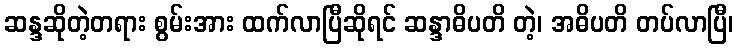
ဆန္ဒဆိုတဲ့တရား စွမ်းအား ထက်လာပြီဆိုရင် ဆန္ဒာဓိပတိ တဲ့၊ အဓိပတိ တပ်လာပြီ၊